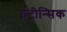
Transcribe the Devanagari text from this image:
इंट्रीन्सिक